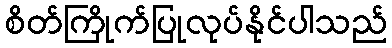
စိတ်ကြိုက်ပြုလုပ်နိုင်ပါသည်